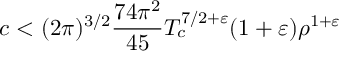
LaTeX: c < ( 2 \pi ) ^ { 3 / 2 } { \frac { 7 4 \pi ^ { 2 } } { 4 5 } } T _ { c } ^ { 7 / 2 + \varepsilon } ( 1 + \varepsilon ) \rho ^ { 1 + \varepsilon }